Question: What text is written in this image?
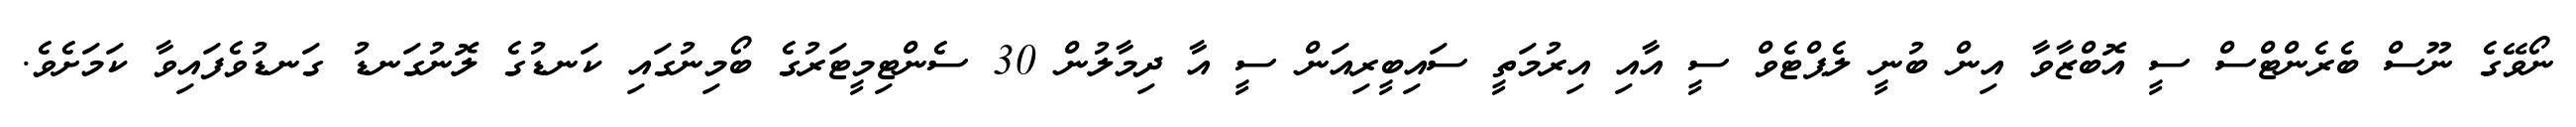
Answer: ނޯވޭގެ ނޫސް ބެރެންޓްސް ސީ އޮބްޒާވާ އިން ބުނީ ލެޕްޓެވް ސީ އާއި އިރުމަތީ ސައިބީރިއަން ސީ އާ ދިމާލުން 30 ސެންޓިމީޓަރުގެ ބޯމިނުގައި ކަނޑުގެ ލޮނުގަނޑު ގަނޑުވެފައިވާ ކަމަށެވެ.